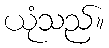
ယုံသည်။